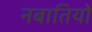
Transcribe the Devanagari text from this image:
नबातियों